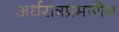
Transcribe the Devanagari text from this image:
अर्धरात्रप्रमाणेन